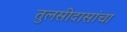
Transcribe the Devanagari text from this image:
तुलसीदासांचा